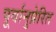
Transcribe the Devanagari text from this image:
पूर्वानुप्रेरित